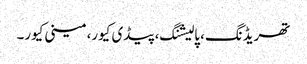
تھریڈنگ، پالیشنگ، پیڈی کیور، مینی کیور۔